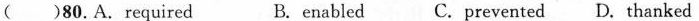
( )80.A. required B. enabled C.prevented D. thanked